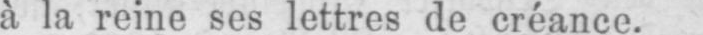
à la reine ses lettres de créance.